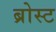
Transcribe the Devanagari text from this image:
ब्रोस्ट